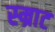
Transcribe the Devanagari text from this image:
स्म्राट